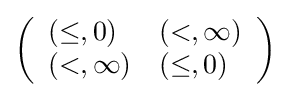
\left({\begin{array}{ll}(\leq ,0)&(<,\infty )\\(<,\infty )&(\leq ,0)\end{array}}\right)